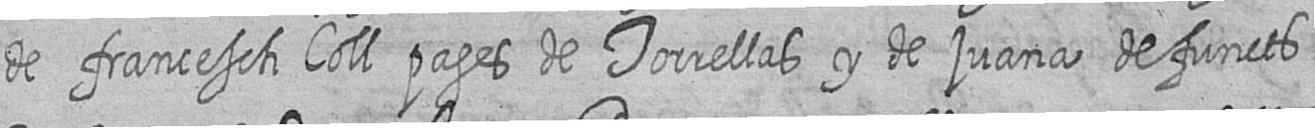
de francesch Coll pages de Torrellas y de juana defuncts